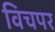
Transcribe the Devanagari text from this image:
विचपर